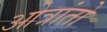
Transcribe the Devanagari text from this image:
ओत्रांतो